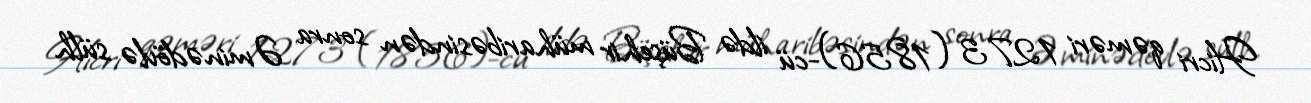
Hicri qəməri 1273 (1856)-cü ildə Büşehir müharibəsindən sonra Əminədövlə sülh